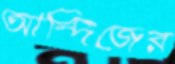
আন্দিজের